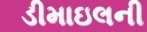
ડીમાઇલની